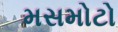
મસમોટો